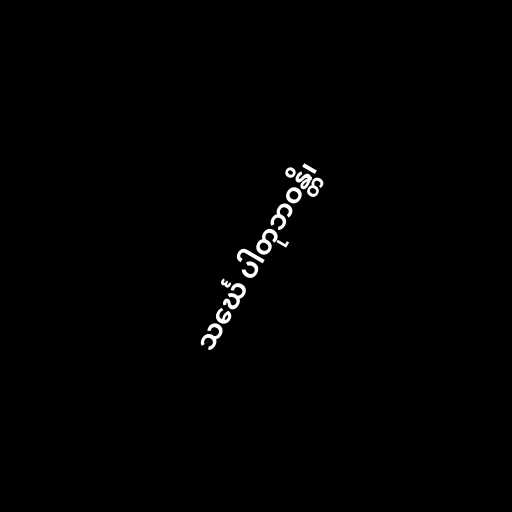
သင်္ဃေ ပါတုဘဝန္တိ၊